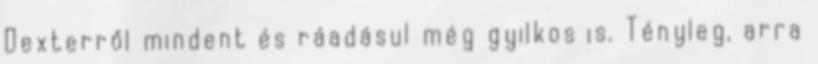
Dexterről mindent és ráadásul még gyilkos is. Tényleg, arra